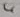
Text: 4